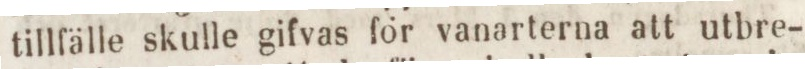
tillfälle skulle gifvas för vanarterna att utbre-